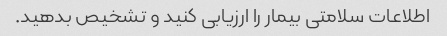
اطلاعات سلامتی بیمار را ارزیابی کنید و تشخیص بدهید.